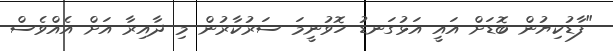
"ފާޑުކިޔުން ބޮޑަށް އައީ އަޅުގަނޑު ހޮވުނީމަ ސަރުކާރުން މި ދާއިރާ އަށް އެއްވެސް